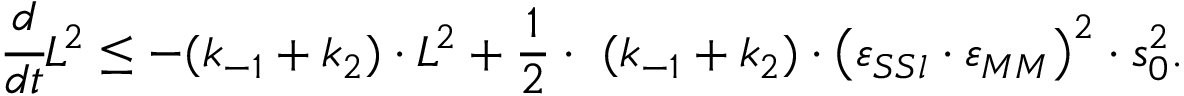
\cfrac { d } { d t } L ^ { 2 } \leq - ( k _ { - 1 } + k _ { 2 } ) \cdot L ^ { 2 } + \frac 1 2 \cdot \ ( k _ { - 1 } + k _ { 2 } ) \cdot \left( \varepsilon _ { S S l } \cdot \varepsilon _ { M M } \right) ^ { 2 } \cdot s _ { 0 } ^ { 2 } .